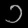
Digit: ၁